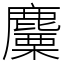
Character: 麜